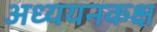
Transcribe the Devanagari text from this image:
अध्ययनकक्ष